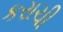
કરાચી